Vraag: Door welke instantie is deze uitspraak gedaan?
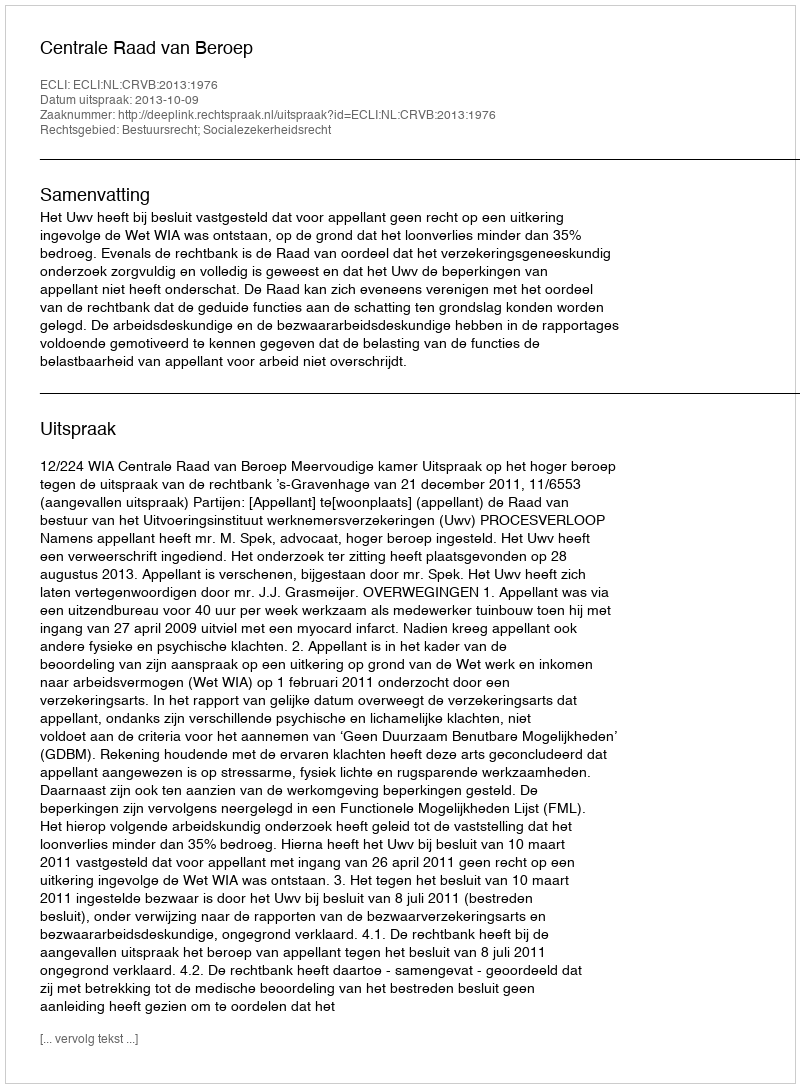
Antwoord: Centrale Raad van Beroep